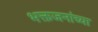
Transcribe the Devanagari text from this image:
भक्तजनांच्या